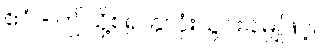
ဧဝံ - ဤသို့စ၍ နှလုံးသွင်းခါမျှဖြင့်၊